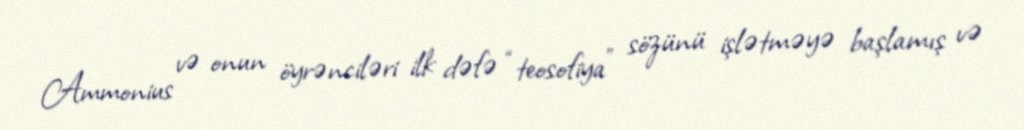
Ammonius və onun öyrənciləri ilk dəfə “teosofiya” sözünü işlətməyə başlamış və